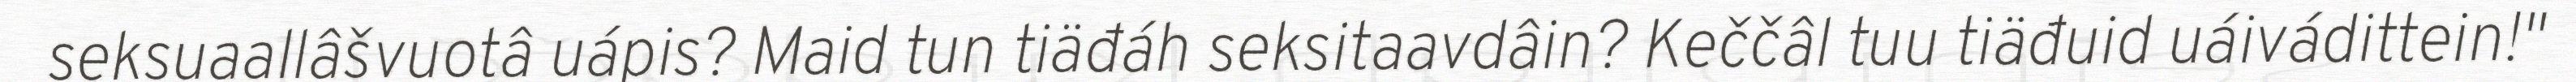
seksuaallâšvuotâ uápis? Maid tun tiäđáh seksitaavdâin? Keččâl tuu tiäđuid uáivádittein!"